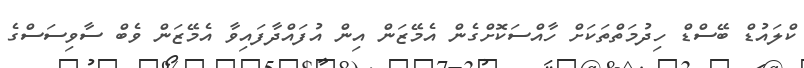
ކްލައުޑް ބޭސްޑް ހިދުމަތްތަކަށް ހާއްސަކޮށްގެން އެމޭޒަން އިން އުފައްދާފައިވާ އެމޭޒަން ވެބް ސާވިސަސްގެ